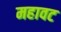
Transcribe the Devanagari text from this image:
महावट